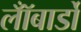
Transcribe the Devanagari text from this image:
लॉँबार्डो